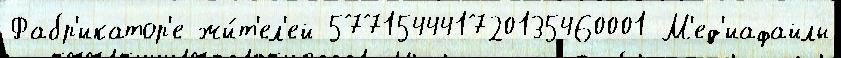
Фабр'икатор'е жи́т'ел'ей 577154441720135460001 М'ед'иафайлы